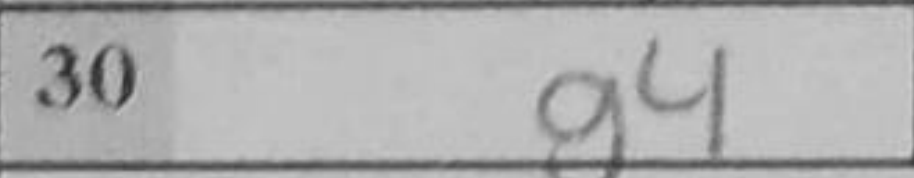
Transcription: g4